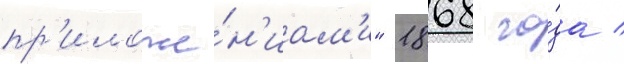
пр'иложе́н'иам'и" 1868 го́да /